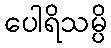
ပေါရိသမ္ပိ